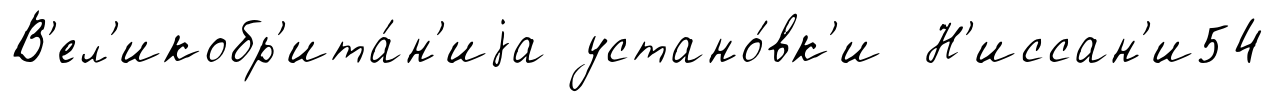
В'ел'икобр'ита́н'иjа устано́вк'и Н'иссан'и54